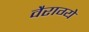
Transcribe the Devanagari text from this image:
वैराग्ये